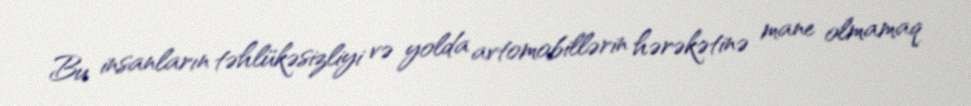
Bu insanların təhlükəsizliyi və yolda avtomobillərin hərəkətinə mane olmamaq